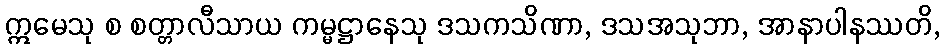
ဣမေသု စ စတ္တာလီသာယ ကမ္မဋ္ဌာနေသု ဒသကသိဏာ, ဒသအသုဘာ, အာနာပါနဿတိ,